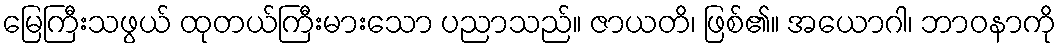
မြေကြီးသဖွယ် ထုတယ်ကြီးမားသော ပညာသည်။ ဇာယတိ၊ ဖြစ်၏။ အယောဂါ၊ ဘာဝနာကို